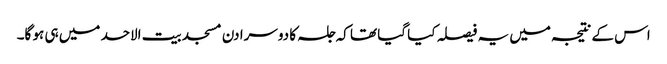
اس کے نتیجہ میں یہ فیصلہ کیا گیا تھا کہ جلسہ کا دوسرا دن مسجد بیت الاحد میں ہی ہو گا۔